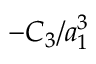
- C _ { 3 } / a _ { 1 } ^ { 3 }